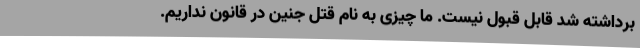
برداشته شد قابل قبول نیست. ما چیزی به نام قتل جنین در قانون نداریم.